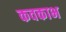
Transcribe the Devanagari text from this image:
कवकाभ